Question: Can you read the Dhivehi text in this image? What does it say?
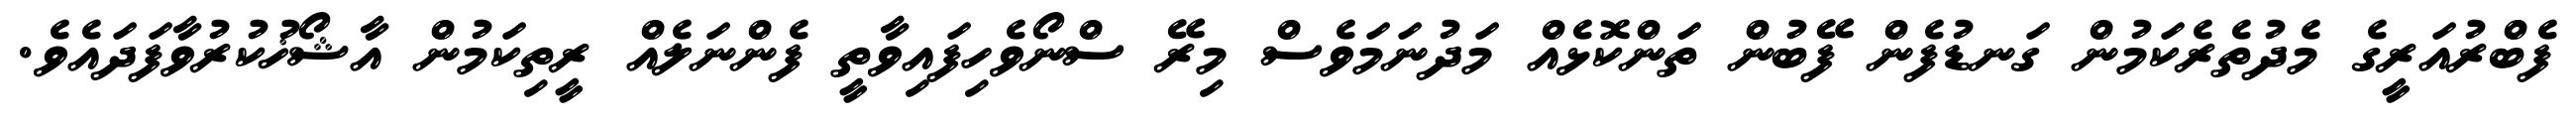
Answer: ފެބްރުއަރީގެ މެދުތެރެކަމުން ގަނޑުފެން ފޭބުން ތަންކޮޅެއް މަދުނަމަވެސް މިރޭ ސްނޯވެހިފައިވާތީ ފެންނަލެއް ރީތިކަމުން އާޝޯޚުކުރުވާފަދައެވެ.